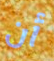
أن